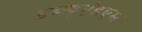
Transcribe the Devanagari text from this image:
डब्ल्यूएंडएम